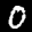
Digit: 0